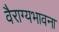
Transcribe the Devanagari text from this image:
वैराग्यभावना